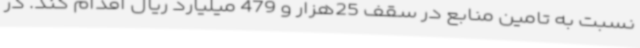
نسبت به تامین منابع در سقف 25هزار و 479 میلیارد ریال اقدام کند. در